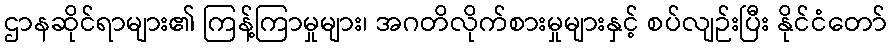
ဌာနဆိုင်ရာများ၏ ကြန့်ကြာမှုများ၊ အဂတိလိုက်စားမှုများနှင့် စပ်လျဉ်းပြီး နိုင်ငံတော်